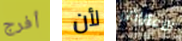
أفرج لأن الاعتراض